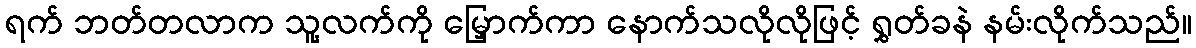
ရက် ဘတ်တလာက သူ့လက်ကို မြှောက်ကာ နောက်သလိုလိုဖြင့် ရွှတ်ခနဲ နမ်းလိုက်သည်။